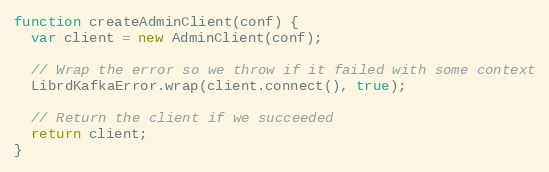
Language: JavaScript
function createAdminClient(conf) {
  var client = new AdminClient(conf);

  // Wrap the error so we throw if it failed with some context
  LibrdKafkaError.wrap(client.connect(), true);

  // Return the client if we succeeded
  return client;
}